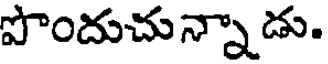
పొందుచున్నాడు.